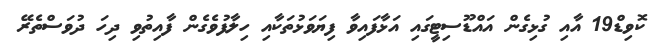
ކޮވިޑް19 އާއި ގުޅިގެން އައްޑޫސިޓީގައި އަޅާފައިވާ ފިޔަވަޅުތަކާއި ހިލާފުވެގެން ފާއިތުވި ދިހަ ދުވަސްތެރޭ